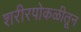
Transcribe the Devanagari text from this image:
शरीरपोकळीतून